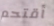
أقتحم